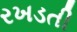
રખડતી